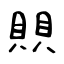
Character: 賏